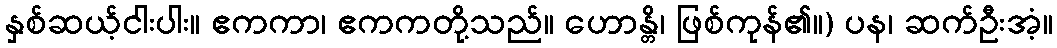
နှစ်ဆယ့်ငါးပါး။ ဧကကာ၊ ဧကကတို့သည်။ ဟောန္တိ၊ ဖြစ်ကုန်၏။) ပန၊ ဆက်ဦးအံ့။